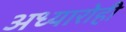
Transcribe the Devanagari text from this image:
अध्यारोही